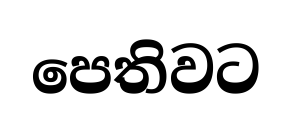
පෙතිවට